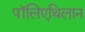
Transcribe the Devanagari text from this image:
पॉलिएथिलान